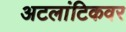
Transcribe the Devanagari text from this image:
अटलांटिकवर